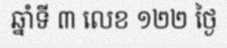
ឆ្នាំទី ៣ លេខ ១២២ ថ្ងៃ